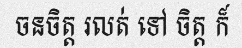
ចនចិត្ត រលត់ ទៅ ចិត្ត ក៏